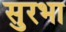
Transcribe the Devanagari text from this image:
सुरभा